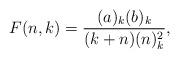
LaTeX: \begin{align*}F(n, k) = \frac{(a)_k (b)_k}{(k+n) (n)_k^2}, \end{align*}